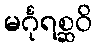
မင်္ဂုရစ္ဆဝိ